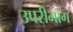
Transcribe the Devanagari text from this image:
उपरीभाग